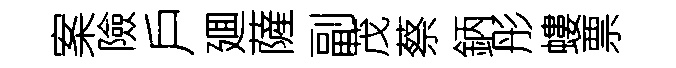
案險戶廽薩副茂蔡鈵彤螻票